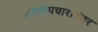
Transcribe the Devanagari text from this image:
औषधोपचारानंतर